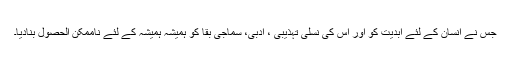
جس نے انسان کے لئے ابدیت کو اور اس کی نسلی تہذیبی ، ادبی، سماجی بقا کو ہمیشہ ہمیشہ کے لئے ناممکن الحصول بنادیا۔